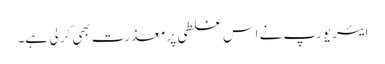
ایئر یورپ نے اس غلطی پر معذرت بھی کر لی ہے۔